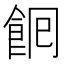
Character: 𮨺